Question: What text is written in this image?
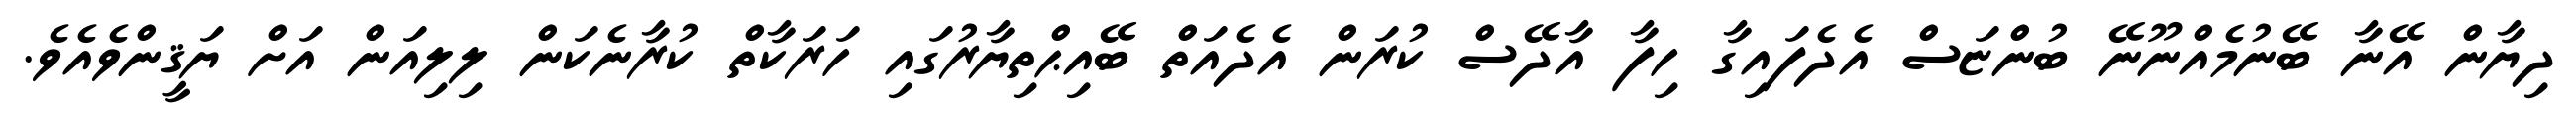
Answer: ދިޔާން އޭނާ ބޭނުމެއްނޫނޭ ބުންޏަސް އެދެފައިގާ ހިފާ އާދޭސް ކުރަން އެދެއަތް ބޭއިޙްތިޔާރުގައި ހަރަކާތް ކުރާނެކަން ލިލިއަން އަށް ޔަޤީންވެއެވެ.